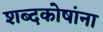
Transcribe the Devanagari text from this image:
शब्दकोषांना